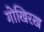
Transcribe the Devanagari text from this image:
गोखिरख